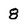
Character: 8